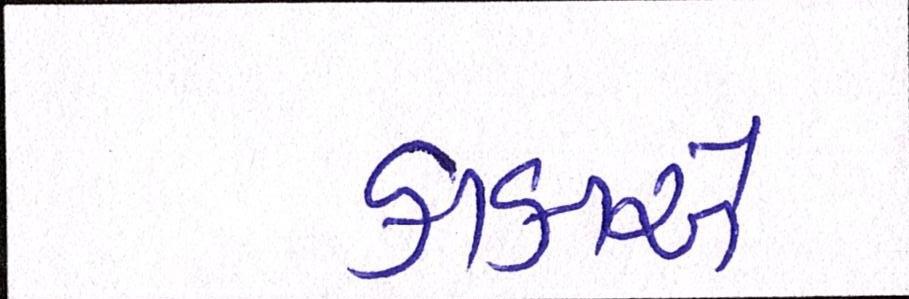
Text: કાકાએ